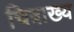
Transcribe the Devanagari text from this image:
चित्राख्य